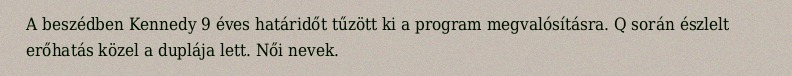
A beszédben Kennedy 9 éves határidőt tűzött ki a program megvalósításra. Q során észlelt erőhatás közel a duplája lett. Női nevek.